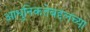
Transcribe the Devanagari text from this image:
आधुनिकतेबद्दलच्या